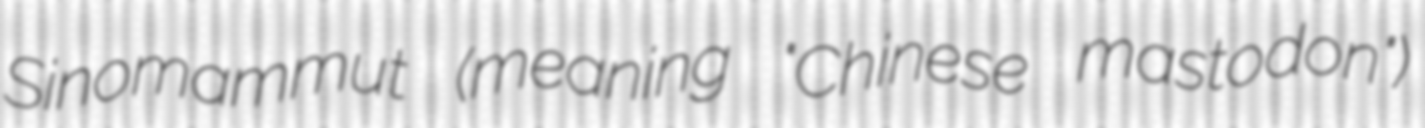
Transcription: Sinomammut (meaning "Chinese mastodon")